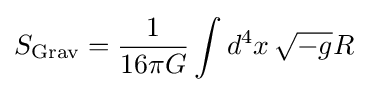
S_{\text{Grav}}={\frac {1}{16\pi G}}\int d^{4}x\,{\sqrt {-g}}R